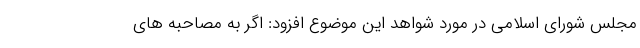
مجلس شورای اسلامی در مورد شواهد این موضوع افزود: اگر به مصاحبه های